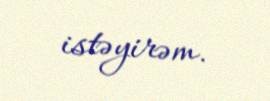
istəyirəm.